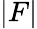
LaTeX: \left|F\right|